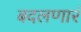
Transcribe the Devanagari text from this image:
बदलणारं